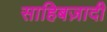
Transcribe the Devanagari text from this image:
साहिबज़ादी